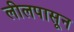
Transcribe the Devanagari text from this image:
लीलपासून